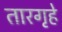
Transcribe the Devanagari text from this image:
तारगृहे